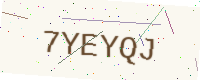
Text: 7YEYQJ